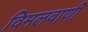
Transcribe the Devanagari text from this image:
विमलवाणी